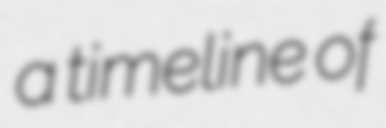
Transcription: a timeline of